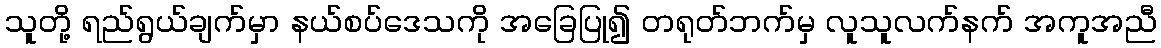
သူတို့ ရည်ရွယ်ချက်မှာ နယ်စပ်ဒေသကို အခြေပြု၍ တရုတ်ဘက်မှ လူသူလက်နက် အကူအညီ